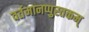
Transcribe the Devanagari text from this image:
वर्तमानप्पुस्तकम्